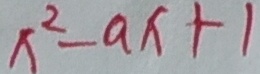
x ^ { 2 } - a x + 1